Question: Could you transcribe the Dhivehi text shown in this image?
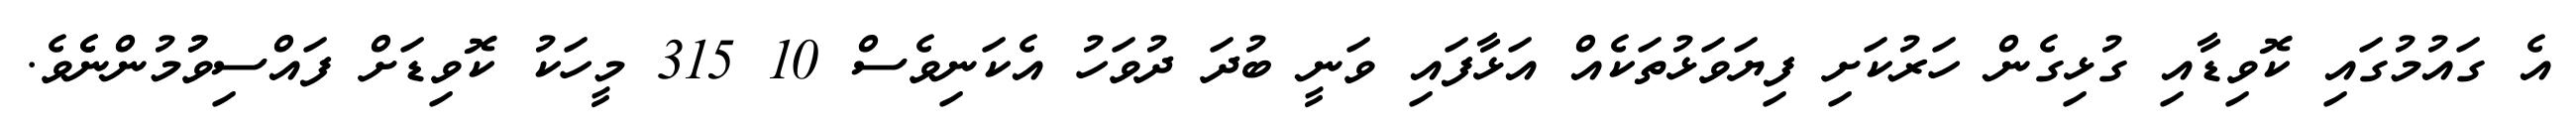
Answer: އެ ގައުމުގައި ކޮވިޑާއި ގުޅިގެން ހަރުކަށި ފިޔަވަޅުތަކެއް އަޅާފައި ވަނީ ބުދަ ދުވަހު އެކަނިވެސް 10 315 މީހަކު ކޮވިޑަށް ފައްސިވުުމުންނެެވެ.